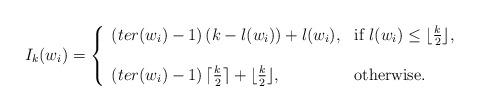
LaTeX: \begin{align*}I_k(w_i)=\left\{ \begin{array}{ll}\left(ter(w_i)-1\right)\left(k-l(w_i)\right)+l(w_i), & \mbox{if } l(w_i)\le\lfloor\frac{k}{2}\rfloor,\\& \\\left(ter(w_i)-1\right)\lceil\frac{k}{2}\rceil+\lfloor\frac{k}{2}\rfloor, & \mbox{otherwise.}\end{array}\right.\end{align*}